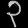
Digit: ၃